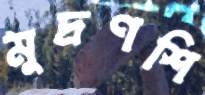
মুদ্রণশি